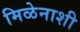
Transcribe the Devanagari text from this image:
मिळेनाशी